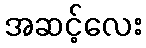
အဆင့်လေး